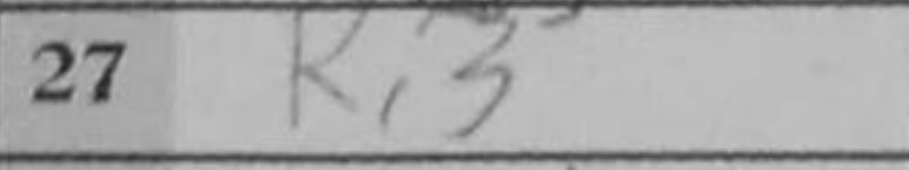
Transcription: Rc3